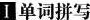
Ⅰ单词拼写